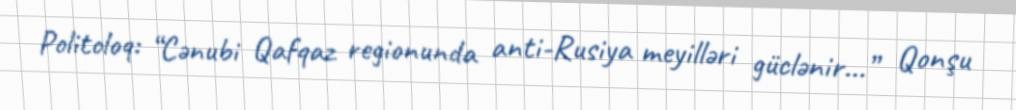
Politoloq: “Cənubi Qafqaz regionunda anti-Rusiya meyilləri güclənir...” Qonşu